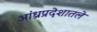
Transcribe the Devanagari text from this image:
आंध्रप्रदेशातले